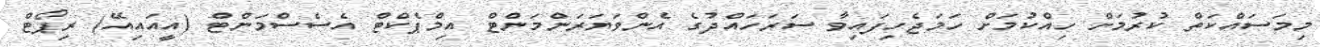
މިމަސައްކަތް ކުރުމަށް ހިއްކުމަށް ހަމަޖެހިފައިވާ ސަރަހައްދުގެ އެންވަޔަރަންމަންޓް އިމްޕެކްޓް އެސެސްމަންޓް (އީއައިއޭ) ރިޕޯޓް